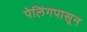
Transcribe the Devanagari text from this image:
पेलिंगपासून